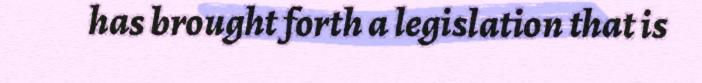
has brought forth a legislation that is